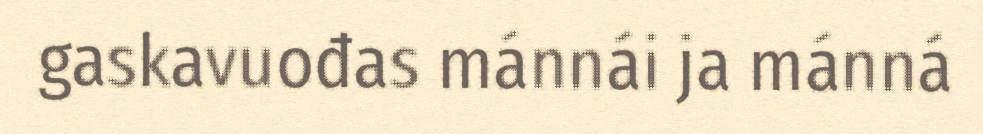
gaskavuođas mánnái ja mánná